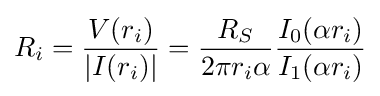
R_{i}={\frac {V(r_{i})}{|I(r_{i})|}}={\frac {R_{S}}{2\pi r_{i}\alpha }}{\frac {I_{0}(\alpha r_{i})}{I_{1}(\alpha r_{i})}}